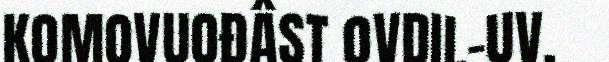
KOMOVUOĐÂST OVDIL-UV.